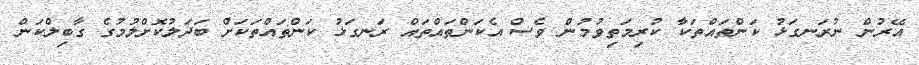
އޭރުން ނުރަނގަޅު ކަންތައްތަކާ ކުރިމަތިވުމުން ވެސް އެކަންތައްތައް ރަނގަޅު ކަންތައްތަކަށް ބަދަލުކޮށްލުމުގެ ގާބިލްކަން